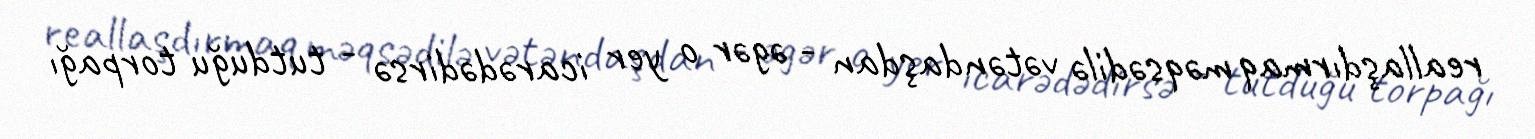
reallaşdırmaq məqsədilə vətəndaşdan - əgər o yer icarədədirsə - tutduğu torpağı